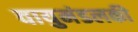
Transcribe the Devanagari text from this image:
वायुमंडलकी